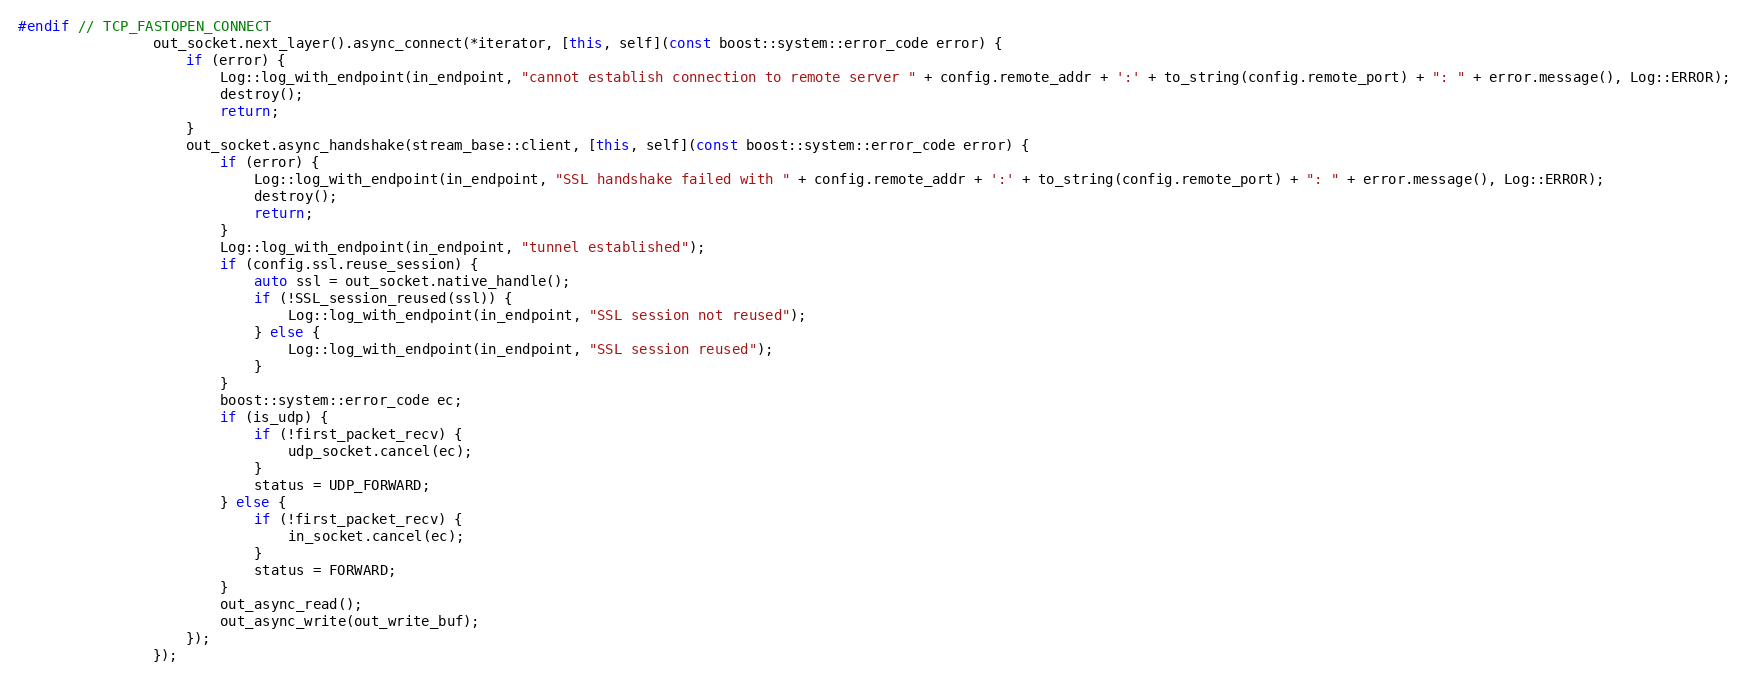
Language: C++
#endif // TCP_FASTOPEN_CONNECT
                out_socket.next_layer().async_connect(*iterator, [this, self](const boost::system::error_code error) {
                    if (error) {
                        Log::log_with_endpoint(in_endpoint, "cannot establish connection to remote server " + config.remote_addr + ':' + to_string(config.remote_port) + ": " + error.message(), Log::ERROR);
                        destroy();
                        return;
                    }
                    out_socket.async_handshake(stream_base::client, [this, self](const boost::system::error_code error) {
                        if (error) {
                            Log::log_with_endpoint(in_endpoint, "SSL handshake failed with " + config.remote_addr + ':' + to_string(config.remote_port) + ": " + error.message(), Log::ERROR);
                            destroy();
                            return;
                        }
                        Log::log_with_endpoint(in_endpoint, "tunnel established");
                        if (config.ssl.reuse_session) {
                            auto ssl = out_socket.native_handle();
                            if (!SSL_session_reused(ssl)) {
                                Log::log_with_endpoint(in_endpoint, "SSL session not reused");
                            } else {
                                Log::log_with_endpoint(in_endpoint, "SSL session reused");
                            }
                        }
                        boost::system::error_code ec;
                        if (is_udp) {
                            if (!first_packet_recv) {
                                udp_socket.cancel(ec);
                            }
                            status = UDP_FORWARD;
                        } else {
                            if (!first_packet_recv) {
                                in_socket.cancel(ec);
                            }
                            status = FORWARD;
                        }
                        out_async_read();
                        out_async_write(out_write_buf);
                    });
                });